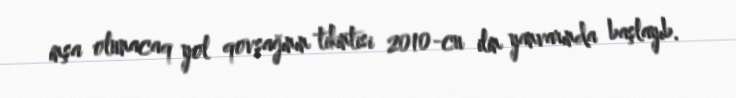
inşa olunacaq yol qovşağının tikintisi 2010-cu ilin yanvarında başlayıb.